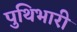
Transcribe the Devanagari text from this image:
पुथिभारी